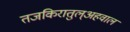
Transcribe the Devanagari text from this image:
तजकिरातुल्अहवाल